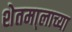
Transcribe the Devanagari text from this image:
शेतमा्लाच्या